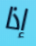
إذا